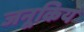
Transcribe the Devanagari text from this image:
जनूकिय